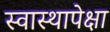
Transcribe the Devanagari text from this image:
स्वास्थापेक्षा